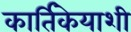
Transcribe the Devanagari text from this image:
कार्तिकेयाशी